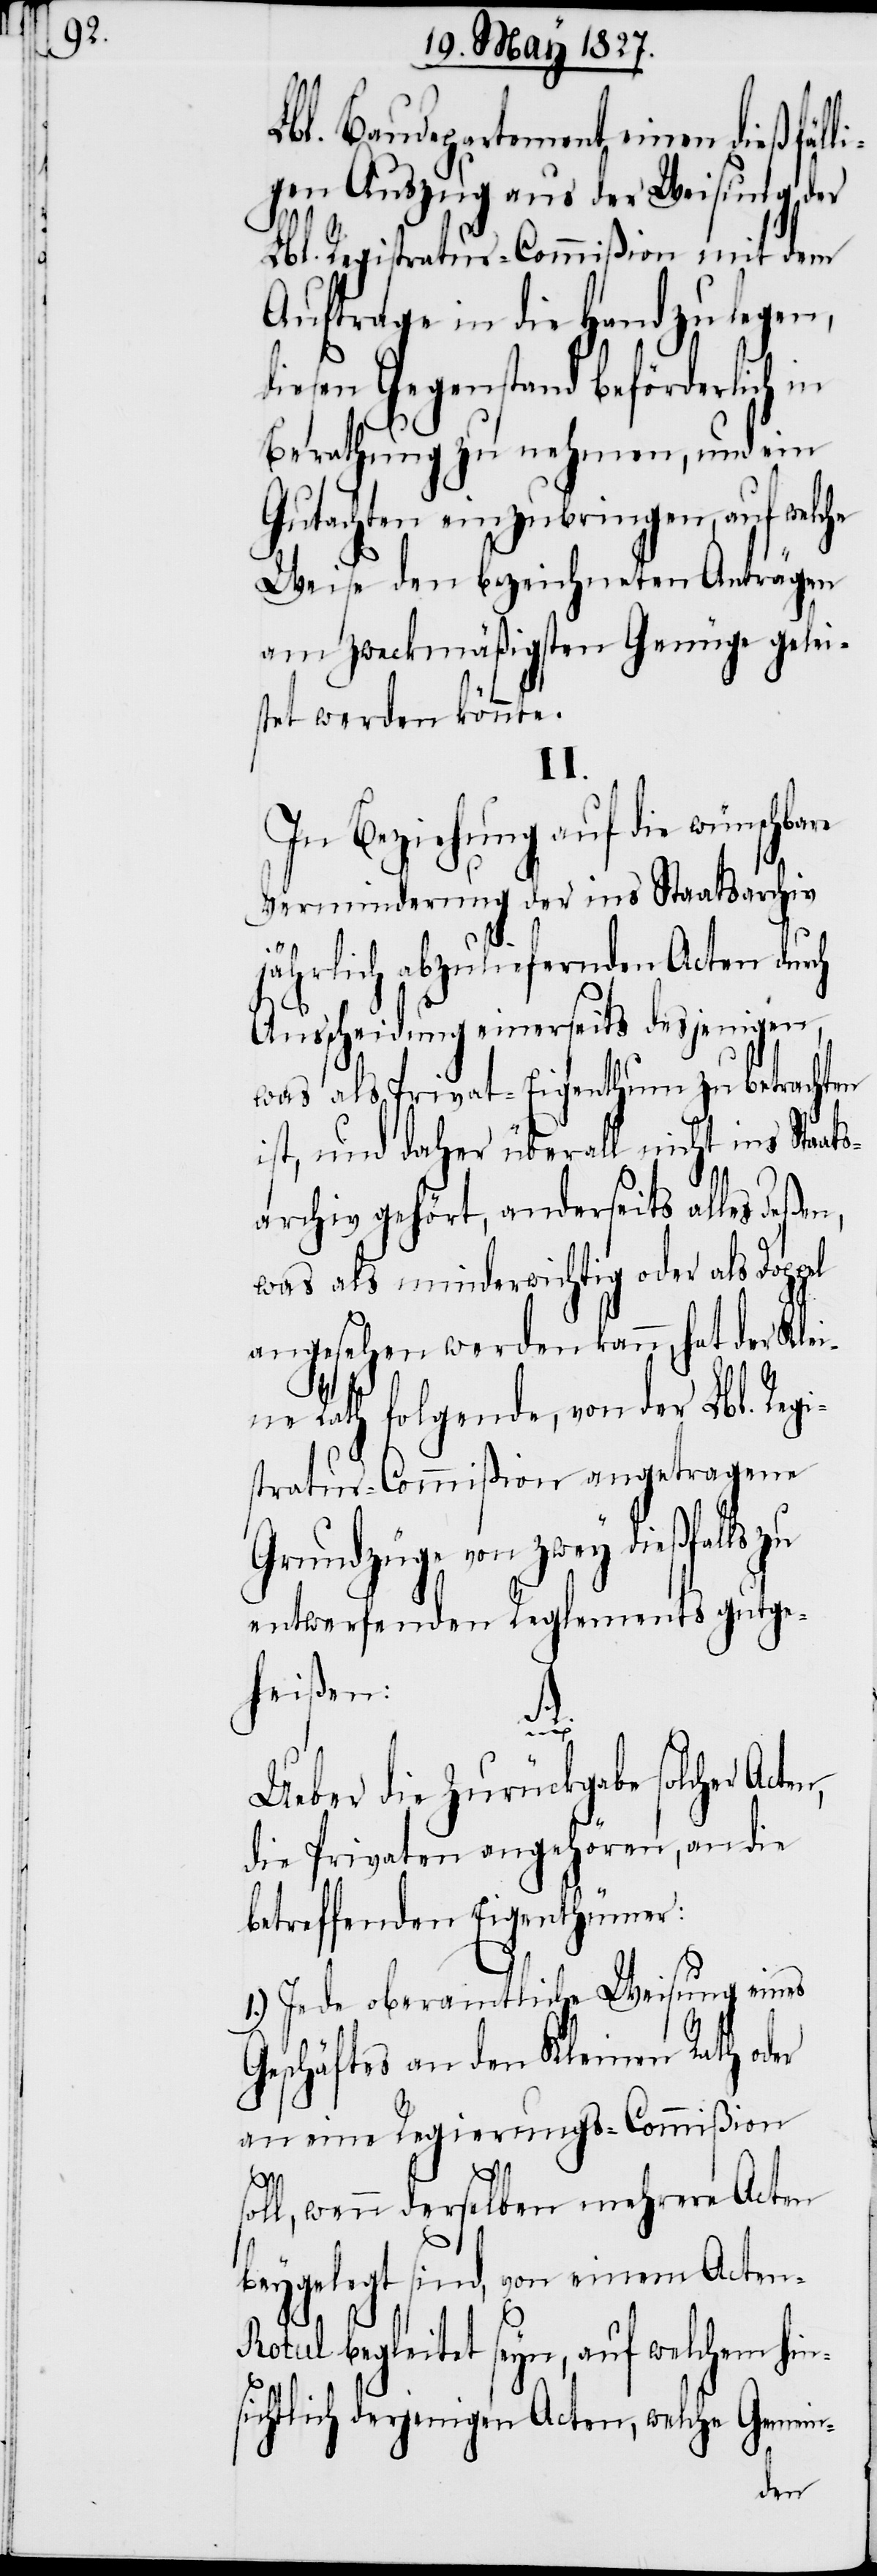
Lbl. Baudepartement einen dießfälli¬
gen Auszug aus der Weisung der
Lbl. Registratur-Commißion mit dem
Auftrage in die Hand zu legen,
diesen Gegenstand beförderlich in
Berathung zu nehmen, und ein
Gutachten einzubringen, auf welc¬
Weise den bezeichneten Anträgen
am zweckmäßigsten Genüge gelei¬
stet werden könnte.
II.
In Beziehung auf die wünschba¬
Verminderung der ins Staatsarchiv
jährlich abzuliefernden Acten durch
Ausscheidung einerseits desjenigen,
was als Privat-Eigenthum zu betrachten
ist, und daher überall nicht ins Staa¬
archiv gehört, anderseits alles deßen,
was als minderwichtig oder als Dopp¬
angesehen werden kann, hat der Kle¬
ine Rath folgende, von der Lbl. Reg¬
istratur-Commißion angetragene
Grundzüge von zwey dießfalls zu
entwerfenden Reglements gutge¬
heißen:
A.
Ueber die Zurückgabe solcher Acte¬
die Privaten angehören, an die
betreffenden Eigenthümer:
1.) Jede oberamtliche Weisung eines
Geschäftes an den Kleinen Rath oder
an eine Regierungs-Commißion
ll, wenn derselben mehrere Acten
so¬
beygelegt sind, von einem Acten-R¬
otul begleitet seyn, auf welchem hin¬
sichtlich derjenigen Acten, welche Gemein-